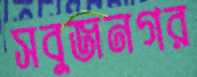
সবুজনগর